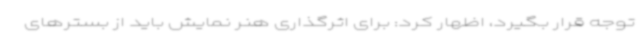
توجه قرار بگیرد، اظهار کرد: برای اثرگذاری هنر نمایش باید از بسترهای